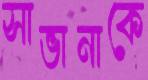
সাভানাকে